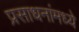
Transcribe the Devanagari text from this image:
प्रसाधनांमध्ये